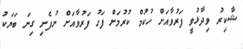
ޝާކިރު ވިދާޅުވީ ފަރުވާއަށް ހުކުމް ކުރުމަށް ފަހު ފަރުވާއަށް ނުފެށި ގިނަ ބަޔަކު